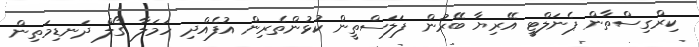
ކިރްގިސްތާން ޕެނަލްޓީ އޭރިޔާ ބޭރުން ފަލަސްތީން ކުޅުންތެރިން އުފެއްދި ހަމަލާ ގޯލް ދަނޑިމަތިން